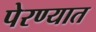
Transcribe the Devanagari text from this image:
पेरण्यात